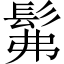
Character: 髴